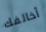
أخالفك